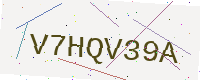
Text: V7HQV39A